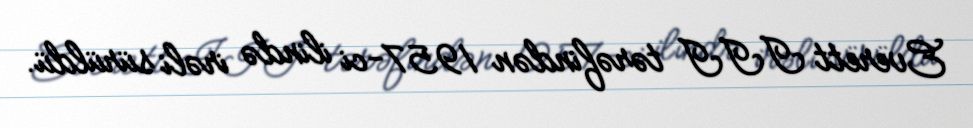
Everett III tərəfindən 1957-ci ilində irəli sürüldü.